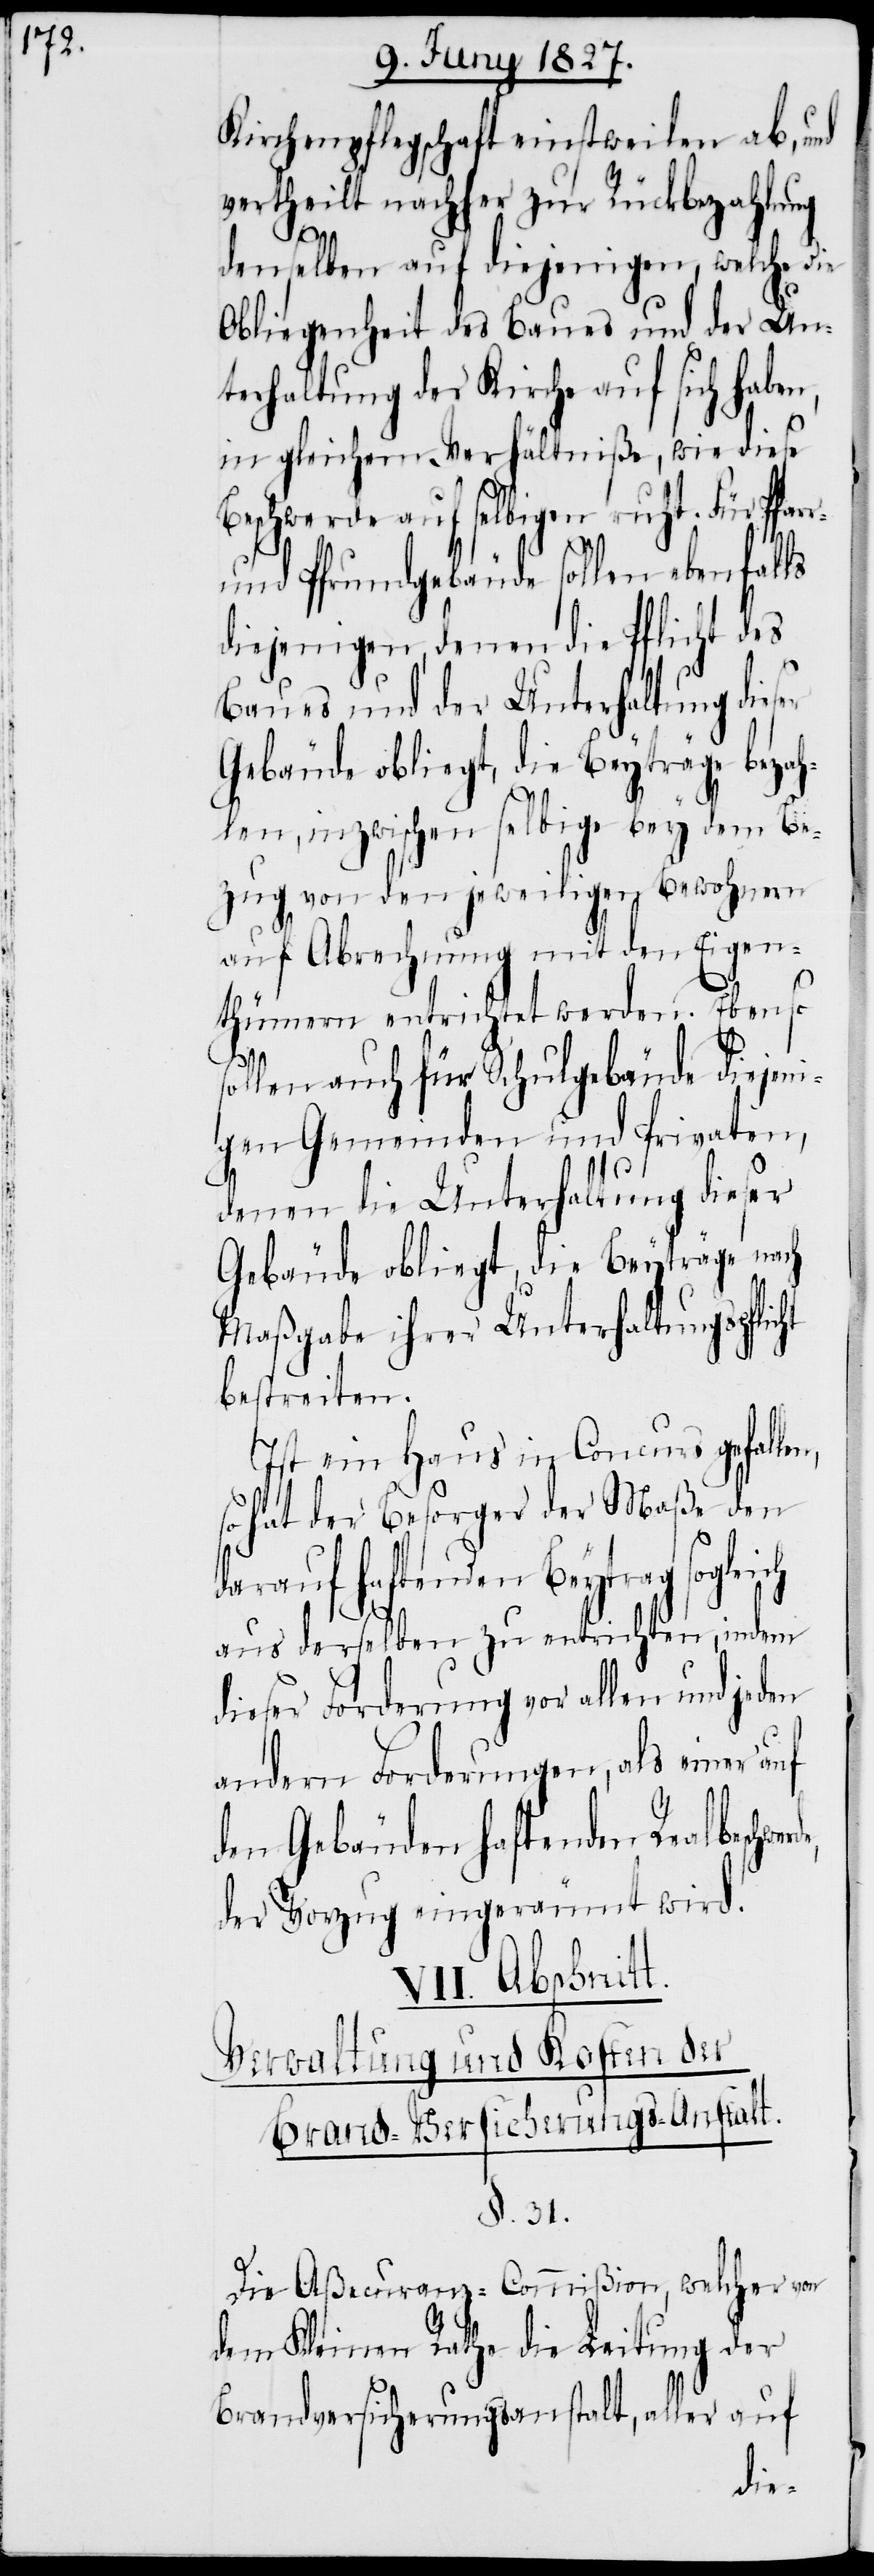
Kirchenpflegschaft einstweilen ab, und
vertheilt nachher zur Rückbezahlung
denselben auf diejenigen, welche die
Obliegenheit des Baues und der Un¬
terhaltung der Kirche auf sich haben,
in gleichem Verhältniße, wie diese
Beschwerde auf selbigen ruht. Für
und Pfrundgebäude sollen ebenfalls
diejenigen, denen die Pflicht des
Baues und der Unterhaltung dieser
Gebäude obliegt, die Beyträge bezah¬
len, inzwischen selbige bey dem Be¬
zug von den jeweiligen Bewohnern
auf Abrechnung mit den Eigen¬
thümern entrichtet werden. Ebenso
sollen auch für Schulgebäude diejeni¬
gen Gemeinden und Privaten,
denen die Unterhaltung dieser
Gebäude obliegt, die Beyträge nach
Maßgabe ihrer Unterhaltungspflicht
bestreiten.
VII. Abschnitt.
Verwaltung und Kosten der
Brand-Versicherungs-Anstalt.
§. 31.
Die Aßecuranz-Commißion, welcher von
dem Kleinen Rathe die Leitung der
Brandversicherungsanstalt, aller auf